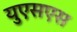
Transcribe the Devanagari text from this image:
युएसएस